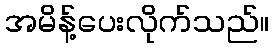
အမိန့်ပေးလိုက်သည်။